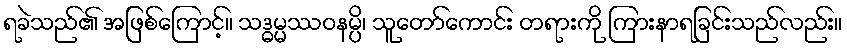
ရခဲသည်၏ အဖြစ်ကြောင့်။ သဒ္ဓမ္မဿဝနမ္ပိ၊ သူတော်ကောင်း တရားကို ကြားနာရခြင်းသည်လည်း။